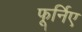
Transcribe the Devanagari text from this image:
फूर्निए